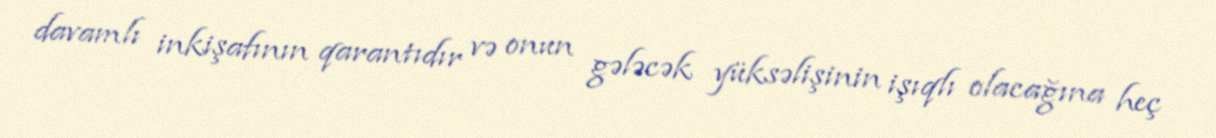
davamlı inkişafının qarantıdır və onun gələcək yüksəlişinin işıqlı olacağına heç